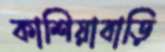
কাশিয়াবাড়ি